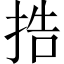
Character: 捁